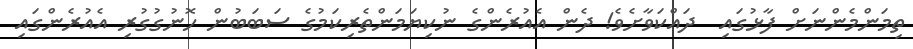
ތިމަންމެންނަށް ފާޅުގައި  ދައްކަވާށެވެ! ދެން އެއުރެންގެ ނުކިޔަމަންތެރިކަމުގެ ސަބަބުން ހޮނުގުގުރި އެއުރެންގައި